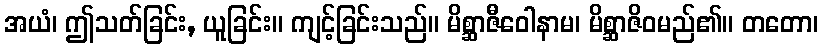
အယံ၊ ဤသတ်ခြင်း, ယူခြင်း။ ကျင့်ခြင်းသည်။ မိစ္ဆာဇီဝေါနာမ၊ မိစ္ဆာဇိဝမည်၏။ တတော၊